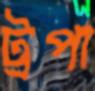
ট্রপা